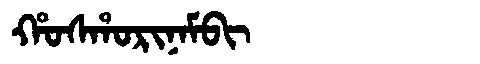
Manchu: ᡥᠣᠰᡥᠣᡵᡳᠨᠠᠮᠪᡳ
Romanization: HOSHORINAMBI